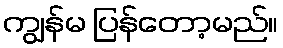
ကျွန်မ ပြန်တော့မည်။